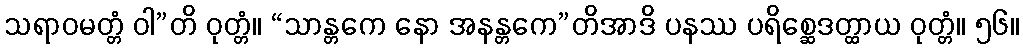
သရာဝမတ္တံ ဝါ”တိ ဝုတ္တံ။ “သာန္တကေ နော အနန္တကေ”တိအာဒိ ပနဿ ပရိစ္ဆေဒတ္ထာယ ဝုတ္တံ။ ၅၆။